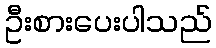
ဦးစားပေးပါသည်